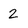
Character: 2